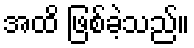
အထိ ဖြစ်ခဲ့သည်။